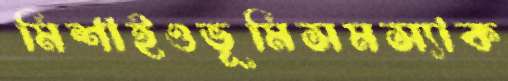
মিশাইওভূমিসমস্যাক